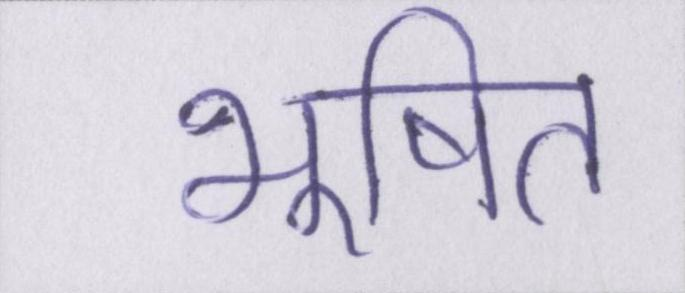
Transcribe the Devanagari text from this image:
भूषित